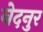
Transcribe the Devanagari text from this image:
बेदनुर